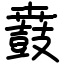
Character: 鼖